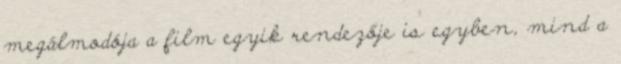
megálmodója a film egyik rendezője is egyben, mind a